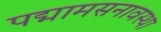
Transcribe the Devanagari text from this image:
पद्मामसनावस्था